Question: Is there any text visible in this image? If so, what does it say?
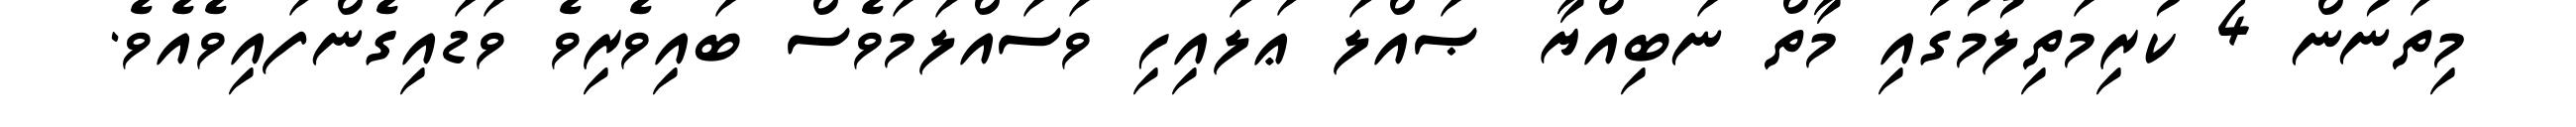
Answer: މިތަނުން 4 ކުރިމަތިލުމުގައި މާތް ނަބިއްޔާ ޞައްލަ ޢަލައިހި ވަސައްލަމަވެސް ބައިވެރިވެ ވަޑައިގެންފައިވެއެވެ.